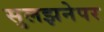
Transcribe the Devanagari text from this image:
सुलझनेपर